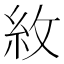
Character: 𮈄